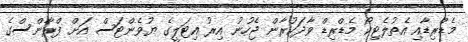
މެޑްރިޑާއި އެތުލެޓިކޯ މެޑްރިޑް ވާދަކުރާން ޖެހުނު އިރު އިޓަލީގެ ޔުވެންޓަސް އަށް ފްރާންސްގެ